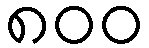
၈၀၀